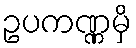
ဥပကဏ္ဏမှိ